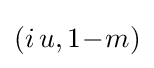
(i\,u,1\!-\!m)